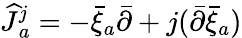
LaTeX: {\widehat J}{}_{a}^{j}=-\bar{\xi}_{a}{\bar{\partial}}+j({\bar{\partial}}{\bar{\xi}}_{a})